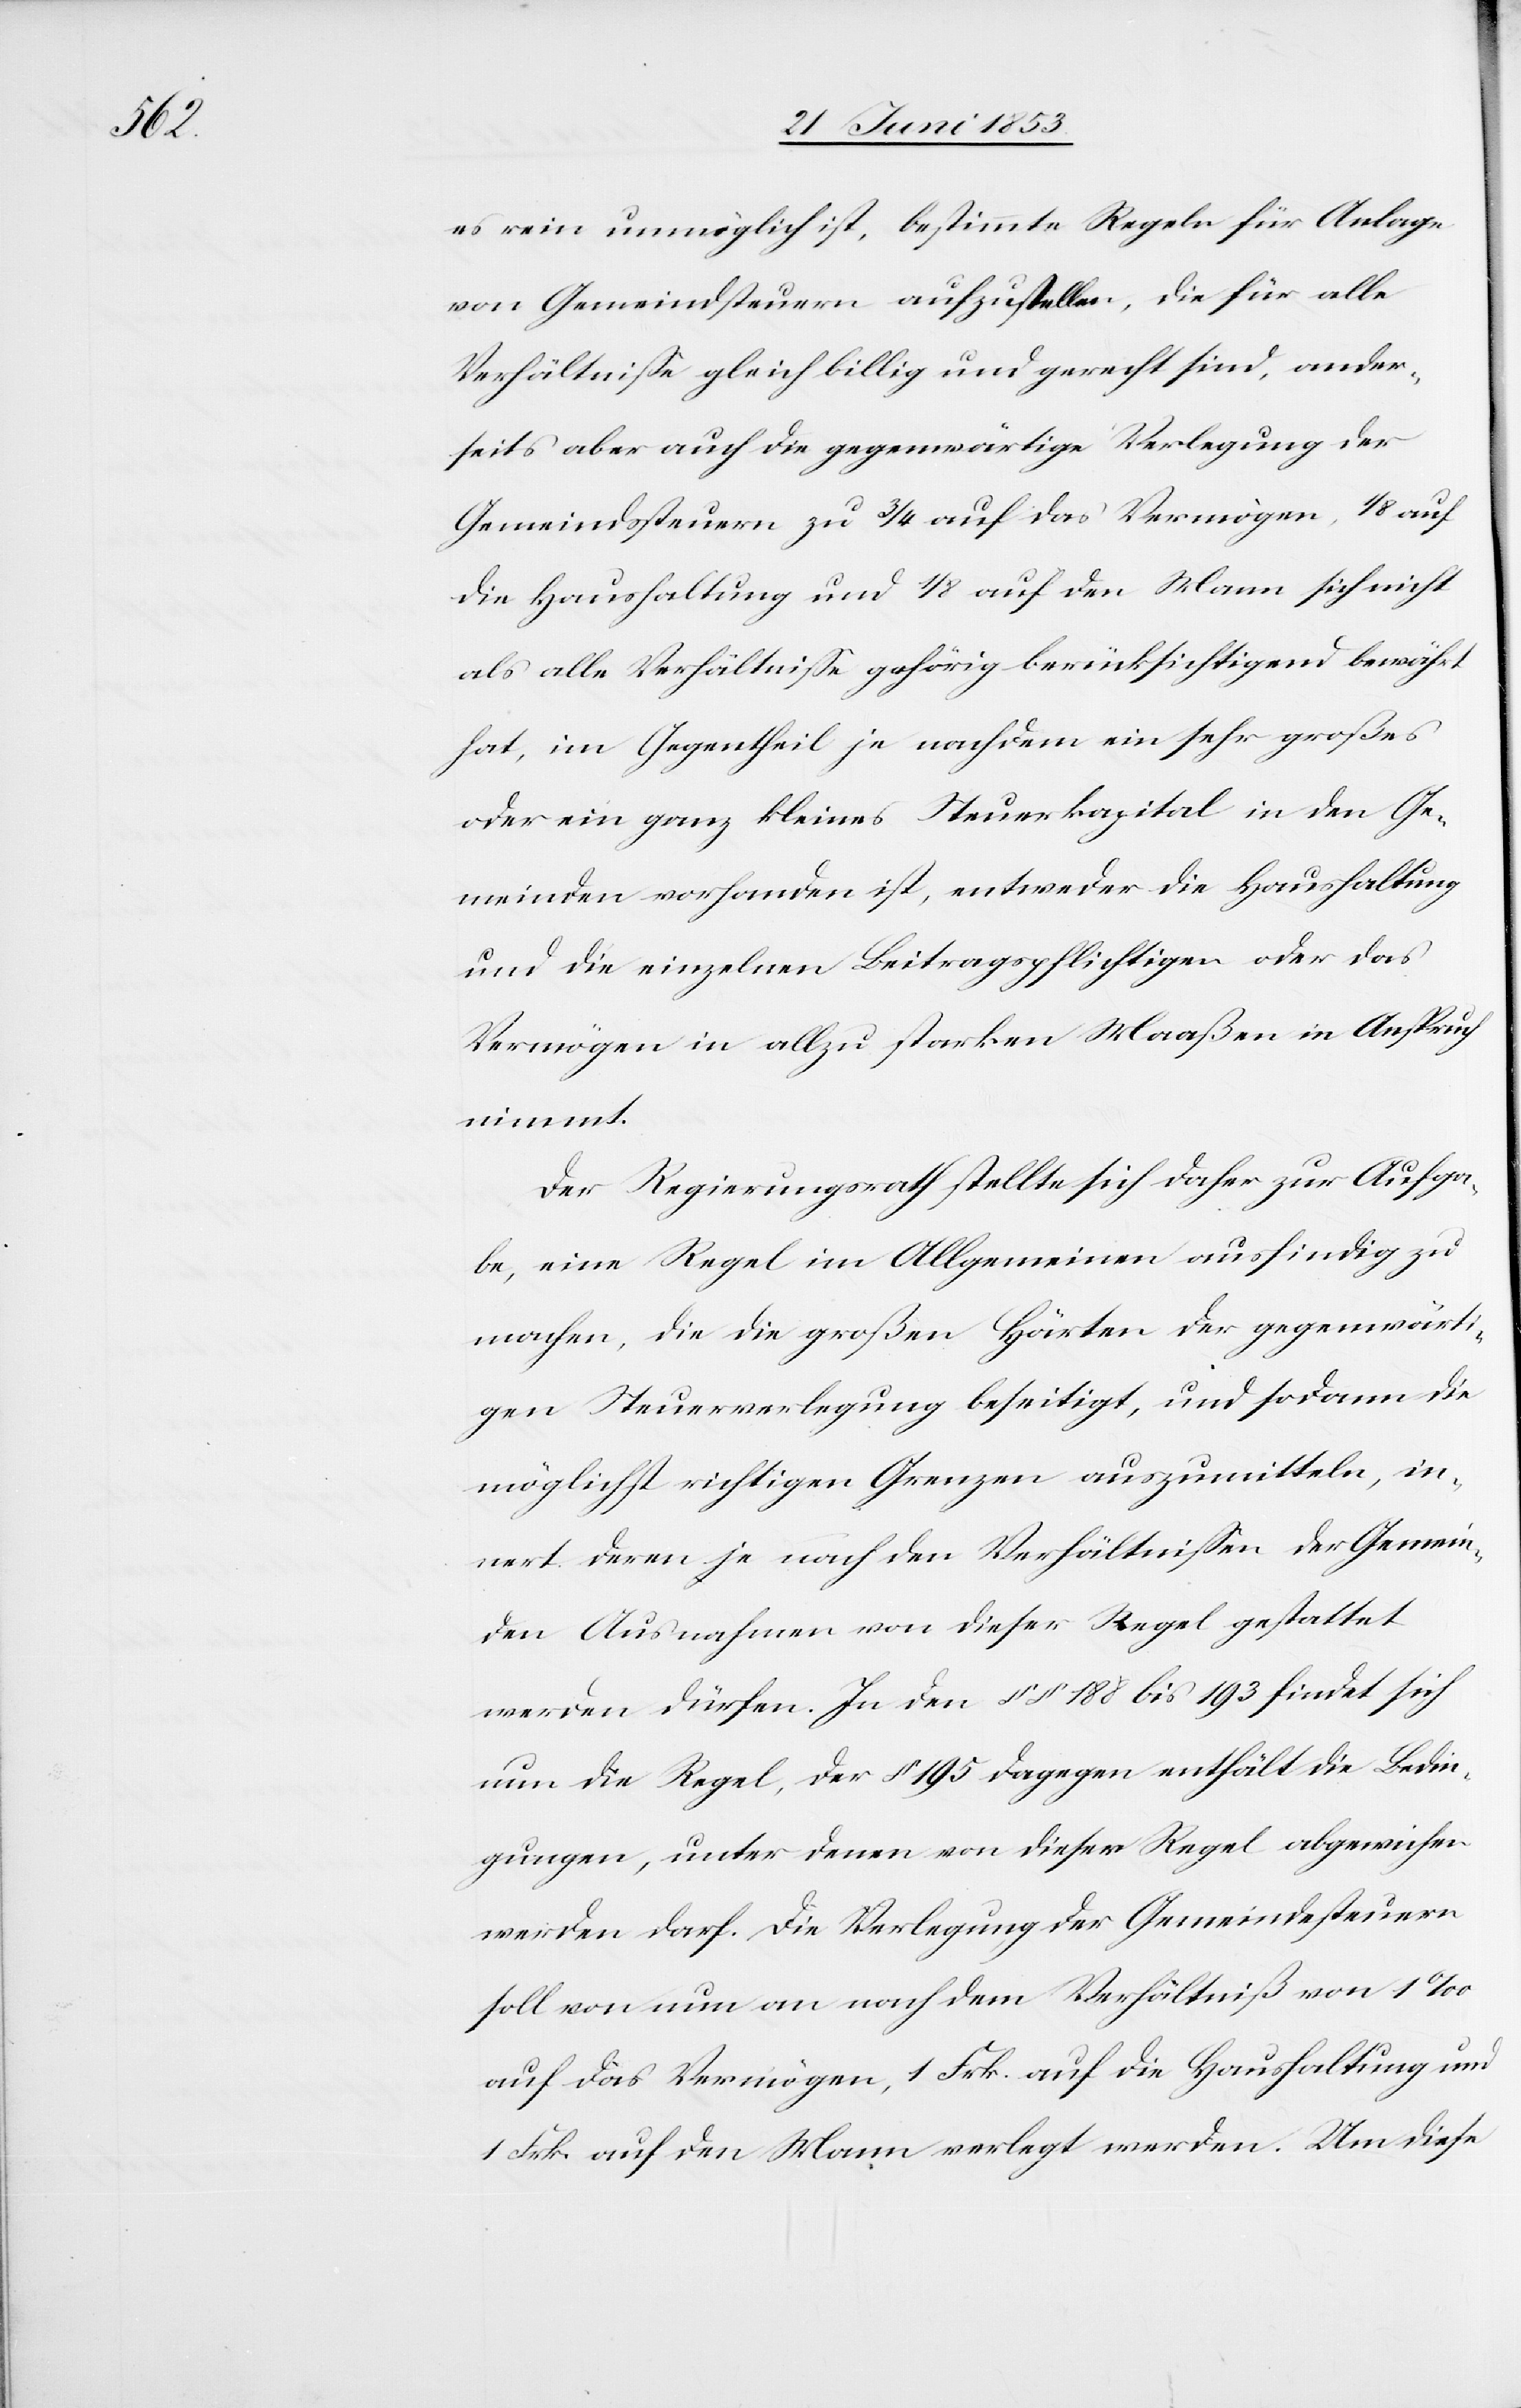
es rein unmöglich ist, bestimmte Regeln für Anlage
von Gemeindssteuern aufzustellen, die für alle
Verhältniße gleich billig und gerecht sind, ander¬
seits aber auch die gegenwärtige Verlegung der
Gemeindssteuern zu 3/4 auf das Vermögen, 1/8 auf
die Haushaltung und 1/8 auf den Mann sich nicht
als alle Verhältniße gehörig berücksichtigend bewährt
hat, im Gegentheil je nachdem ein sehr großes
oder ein ganz kleines Steuerkapital in den Ge¬
meinden vorhanden ist, entweder die Haushaltung
und die einzelnen Beitragspflichtigen oder das
Vermögen in allzu starken Maaßen in Anspruch
nimmt.
Der Regierungsrath stellte sich daher zur Aufga¬
be, eine Regel im Allgemeinen ausfindig zu
machen, die die großen Härten der gegenwärti¬
gen Steuerverlegung beseitigt, und sodann die
möglichst richtigen Grenzen auszumitteln, in¬
nert deren je nach den Verhältnißen der Gemein¬
den Ausnahmen von dieser Regel gestattet
werden dürfen. In den §§ 188 bis 193 findet sich
nun die Regel, der § 195 dagegen enthält die Bedin¬
gungen, unter denen von dieser Regel abgewichen
werden darf. Die Verlegung der Gemeindesteuern
soll von nun an nach dem Verhältniß von 1 ‰
auf das Vermögen, 1 Frk. auf die Haushaltung und
1 Frk. auf den Mann verlegt werden. Um diese